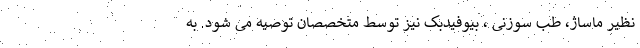
نظیر ماساژ، طب سوزنی ، بیوفیدبک نیز توسط متخصصان توصیه می شود. به